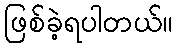
ဖြစ်ခဲ့ရပါတယ်။